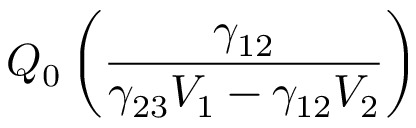
Q _ { 0 } \left( \frac { \gamma _ { 1 2 } } { \gamma _ { 2 3 } V _ { 1 } - \gamma _ { 1 2 } V _ { 2 } } \right)